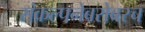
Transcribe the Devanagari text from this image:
संकल्पनेबरोबरच